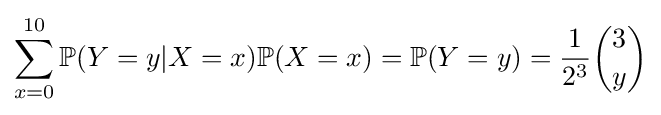
\sum _{x=0}^{10}\mathbb {P} (Y=y|X=x)\mathbb {P} (X=x)=\mathbb {P} (Y=y)={\frac {1}{2^{3}}}{\binom {3}{y}}